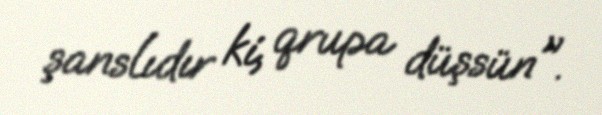
şanslıdır ki, qrupa düşsün".